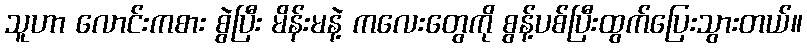
သူဟာ လောင်းကစား စွဲပြီး မိန်းမနဲ့ ကလေးတွေကို စွန့်ပစ်ပြီးထွက်ပြေးသွားတယ်။